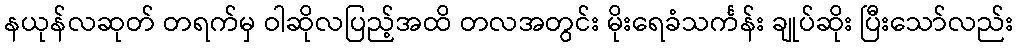
နယုန်လဆုတ် တရက်မှ ဝါဆိုလပြည့်အထိ တလအတွင်း မိုးရေခံသင်္ကန်း ချုပ်ဆိုး ပြီးသော်လည်း